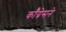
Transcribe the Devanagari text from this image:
कॉँग्रेसने